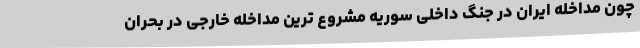
چون مداخله ایران در جنگ داخلی سوریه مشروع ترین مداخله خارجی در بحران